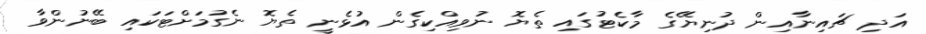
އަދި ޗައިނާއިން ދުނިޔޭގެ މާކެޓުގައި ތެޔޮ ނުވިއްކިގެން އުޅެނީ ތެޔޮ ނެގުމަށްޓަކައި ބޭނުންވާ